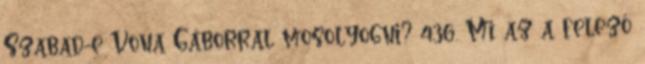
Szabad-e Vona Gáborral mosolyogni? 436. Mi az a felező